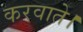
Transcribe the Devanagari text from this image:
करवाते।